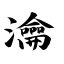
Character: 瀹